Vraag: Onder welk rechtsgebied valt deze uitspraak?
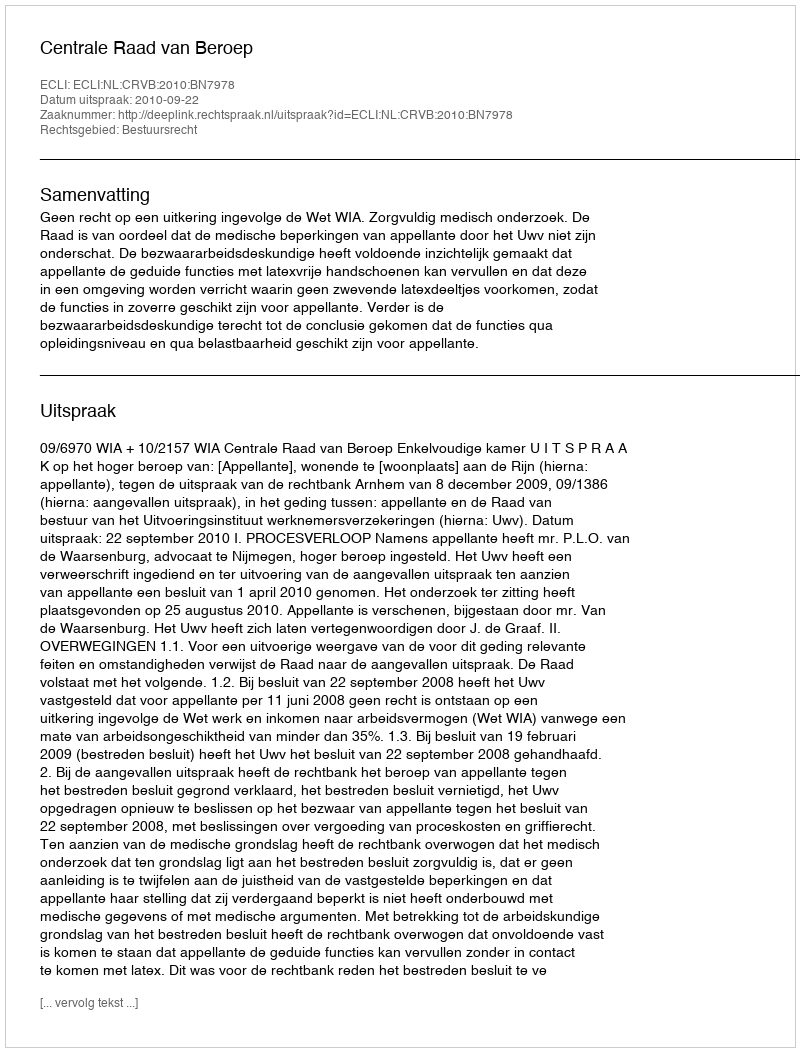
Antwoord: Bestuursrecht